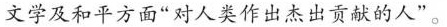
文学及和平方面”对人类作出杰出贡献的人”。